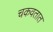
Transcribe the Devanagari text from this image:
चकवतात